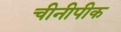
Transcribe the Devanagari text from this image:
चीनीपीक